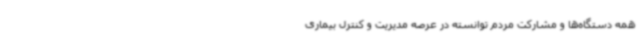
همه دستگاه‌ها و مشارکت مردم توانسته در عرصه مدیریت و کنترل بیماری